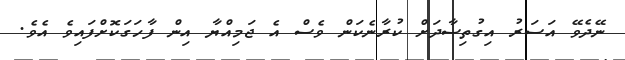
ނޭދެވޭ އަސަރު އިގުތިސާދަށް ކުރާނެކަން ވެސް އެ ޖަމިއްޔާ އިން ފާހަގަކޮށްފައިވެ އެވެ.